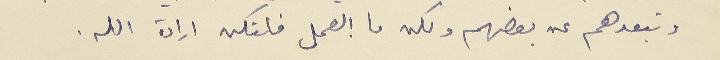
وتبعدهم عن بعضهم ولكن ما العمل فلتكن ارادة الله.